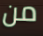
من